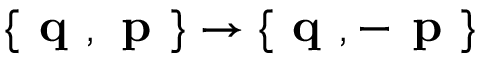
\{ \textbf { q } , \textbf { p } \} \rightarrow \{ \textbf { q } , - \textbf { p } \}